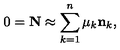
0 = { \bf N } \approx \sum _ { k = 1 } ^ { n } \mu _ { k } { \bf n } _ { k } ,